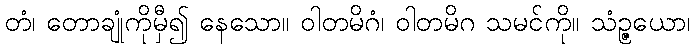
တံ၊ တောချုံကိုမှီ၍ နေသော။ ဝါတမိဂံ၊ ဝါတမိဂ သမင်ကို။ သံဉ္ဇယော၊